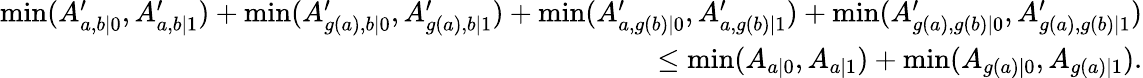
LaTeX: \begin{array}{r}{\operatorname*{min}(A_{a,b\vert 0}^{\prime},A_{a,b\vert 1}^{\prime})+\operatorname*{min}(A_{g(a),b\vert 0}^{\prime},A_{g(a),b\vert 1}^{\prime})+\operatorname*{min}(A_{a,g(b)\vert 0}^{\prime},A_{a,g(b)\vert 1}^{\prime})+\operatorname*{min}(A_{g(a),g(b)\vert 0}^{\prime},A_{g(a),g(b)\vert 1}^{\prime})}\\ {\leq\operatorname*{min}(A_{a\vert 0},A_{a\vert 1})+\operatorname*{min}(A_{g(a)\vert 0},A_{g(a)\vert 1}).}\end{array}